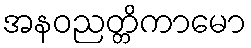
အနဝညတ္တိကာမော